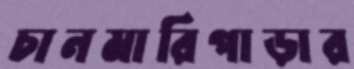
চানমারিপাড়ার